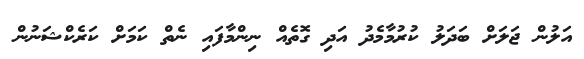
އަލުން ޖަލަށް ބަދަލު ކުރުމާމެދު އަދި ގޮތެއް ނިންމާފައި ނެތް ކަމަށް ކަރެކްޝަނުން